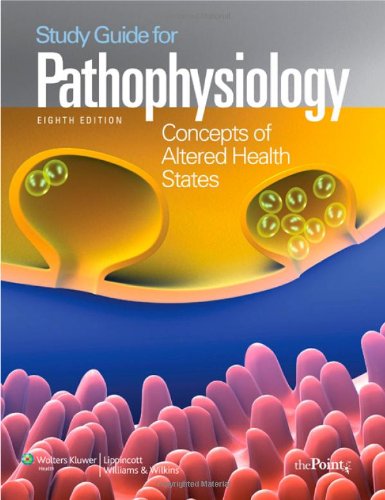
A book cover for Study Guide to Accompany Pathophysiology: Concepts of Altered Health States; Carol Mattson Porth; Medical Books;